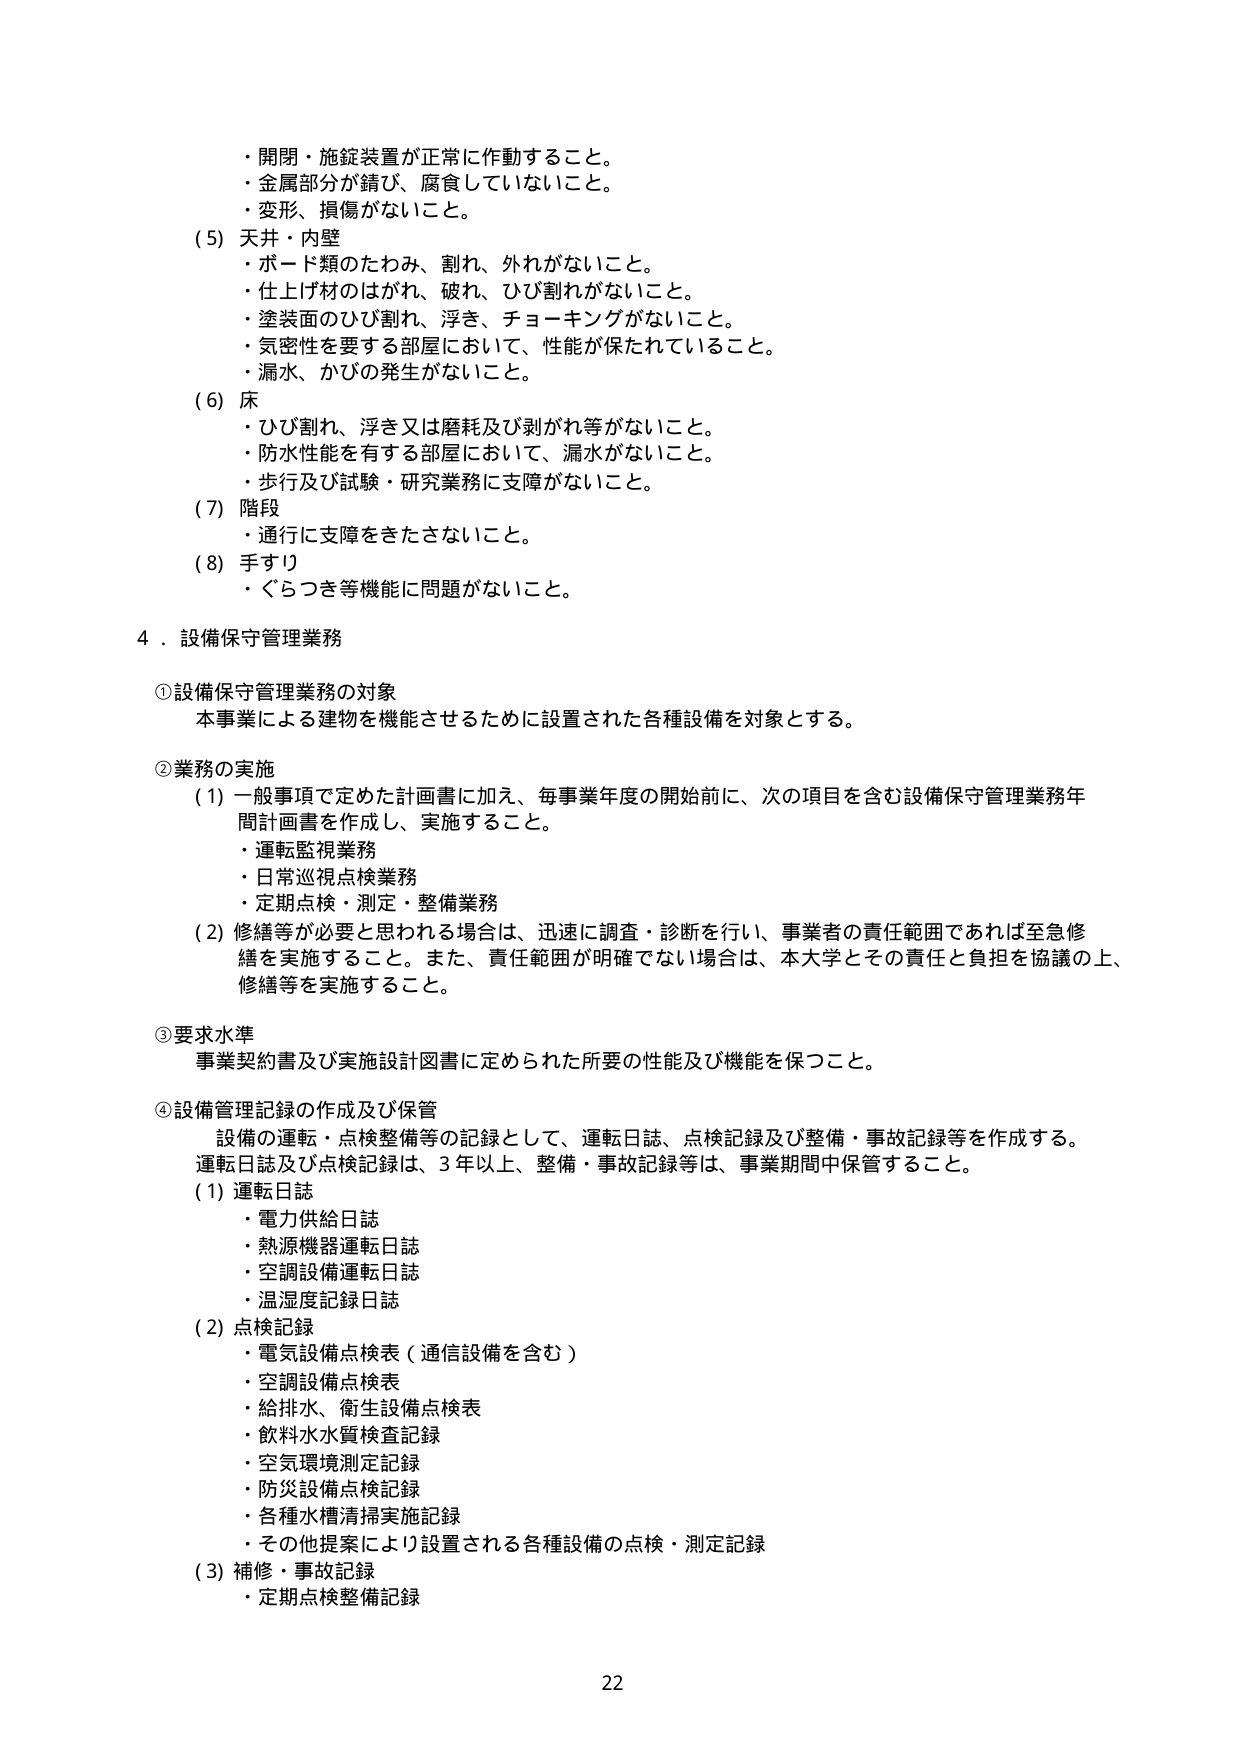
・開閉・施錠装置が正常に作動すること。
・金属部分が錆び、腐食していないこと。
・変形、損傷がないこと。

（5）天井・内壁
・ボード類のたわみ、割れ、外れがないこと。
・仕上げ材のはがれ、破れ、ひび割れがないこと。
・塗装面のひび割れ、浮き、チョーキングがないこと。
・気密性を要する部屋において、性能が保たれていること。
・漏水、かびの発生がないこと。

（6）床
・ひび割れ、浮き又は磨耗及び剥がれ等がないこと。
・防水性能を有する部屋において、漏水がないこと。
・歩行及び試験・研究業務に支障がないこと。

（7）階段
・通行に支障をきたさないこと。

（8）手すり
・ぐらつき等機能に問題がないこと。

4．設備保守管理業務

①設備保守管理業務の対象
本事業による建物を機能させるために設置された各種設備を対象とする。

②業務の実施
（1）一般事項で定めた計画書に加え、毎事業年度の開始前に、次の項目を含む設備保守管理業務年間計画書を作成し、実施すること。
・運転監視業務
・日常巡視点検業務
・定期点検・測定・整備業務
（2）修繕等が必要と思われる場合は、迅速に調査・診断を行い、事業者の責任範囲であれば至急修繕を実施すること。また、責任範囲が明確でない場合は、本大学とその責任と負担を協議の上、修繕等を実施すること。

③要求水準
事業契約書及び実施設計図書に定められた所要の性能及び機能を保つこと。

④設備管理記録の作成及び保管
設備の運転・点検整備等の記録として、運転日誌、点検記録及び整備・事故記録等を作成する。運転日誌及び点検記録は、3年以上、整備・事故記録等は、事業期間中保管すること。

（1）運転日誌
・電力供給日誌
・熱源機器運転日誌
・空調設備運転日誌
・温湿度記録日誌

（2）点検記録
・電気設備点検表（通信設備を含む）
・空調設備点検表
・給排水、衛生設備点検表
・飲料水水質検査記録
・空気環境測定記録
・防災設備点検記録
・各種水槽清掃実施記録
・その他提案により設置される各種設備の点検・測定記録

（3）補修・事故記録
・定期点検整備記録

22